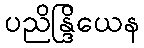
ပညိန္ဒြိယေန